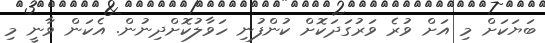
ބަޔަކަށް މި އަށް ވުރެ ވަރުގަދަކޮށް ކުންފުނި ހަވާލުކޮށްދިނުން. އެކަން ވާނީ މި